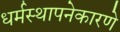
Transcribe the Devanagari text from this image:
धर्मस्थापनेकारणे